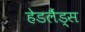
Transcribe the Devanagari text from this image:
हेडलैंड्स